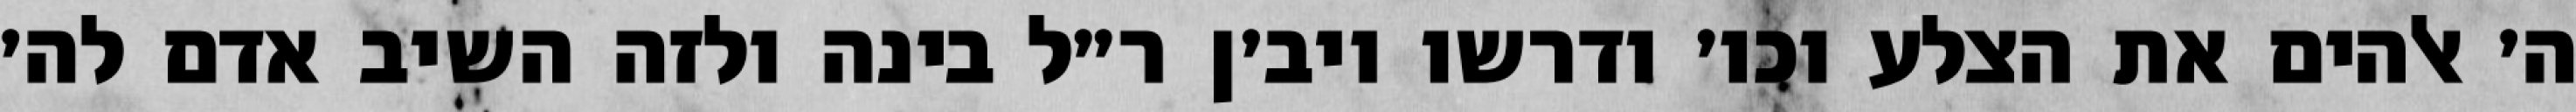
ה׳ אלהים את הצלע וכו׳ ודרשו ויב׳ן ר״ל בינה ולזה השיב אדם לה׳